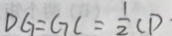
D G = G C = \frac { 1 } { 2 } C D